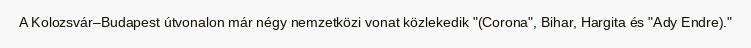
A Kolozsvár–Budapest útvonalon már négy nemzetközi vonat közlekedik "(Corona", Bihar, Hargita és "Ady Endre)."